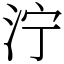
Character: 泞